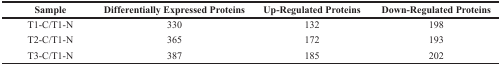
<table><thead><tr><td><b>Sample</b></td><td><b>Differentially Expressed Proteins</b></td><td><b>Up-Regulated Proteins</b></td><td><b>Down-Regulated Proteins</b></td></tr></thead><tbody><tr><td>T1-C/T1-N</td><td>330</td><td>132</td><td>198</td></tr><tr><td>T2-C/T1-N</td><td>365</td><td>172</td><td>193</td></tr><tr><td>T3-C/T1-N</td><td>387</td><td>185</td><td>202</td></tr></tbody></table>